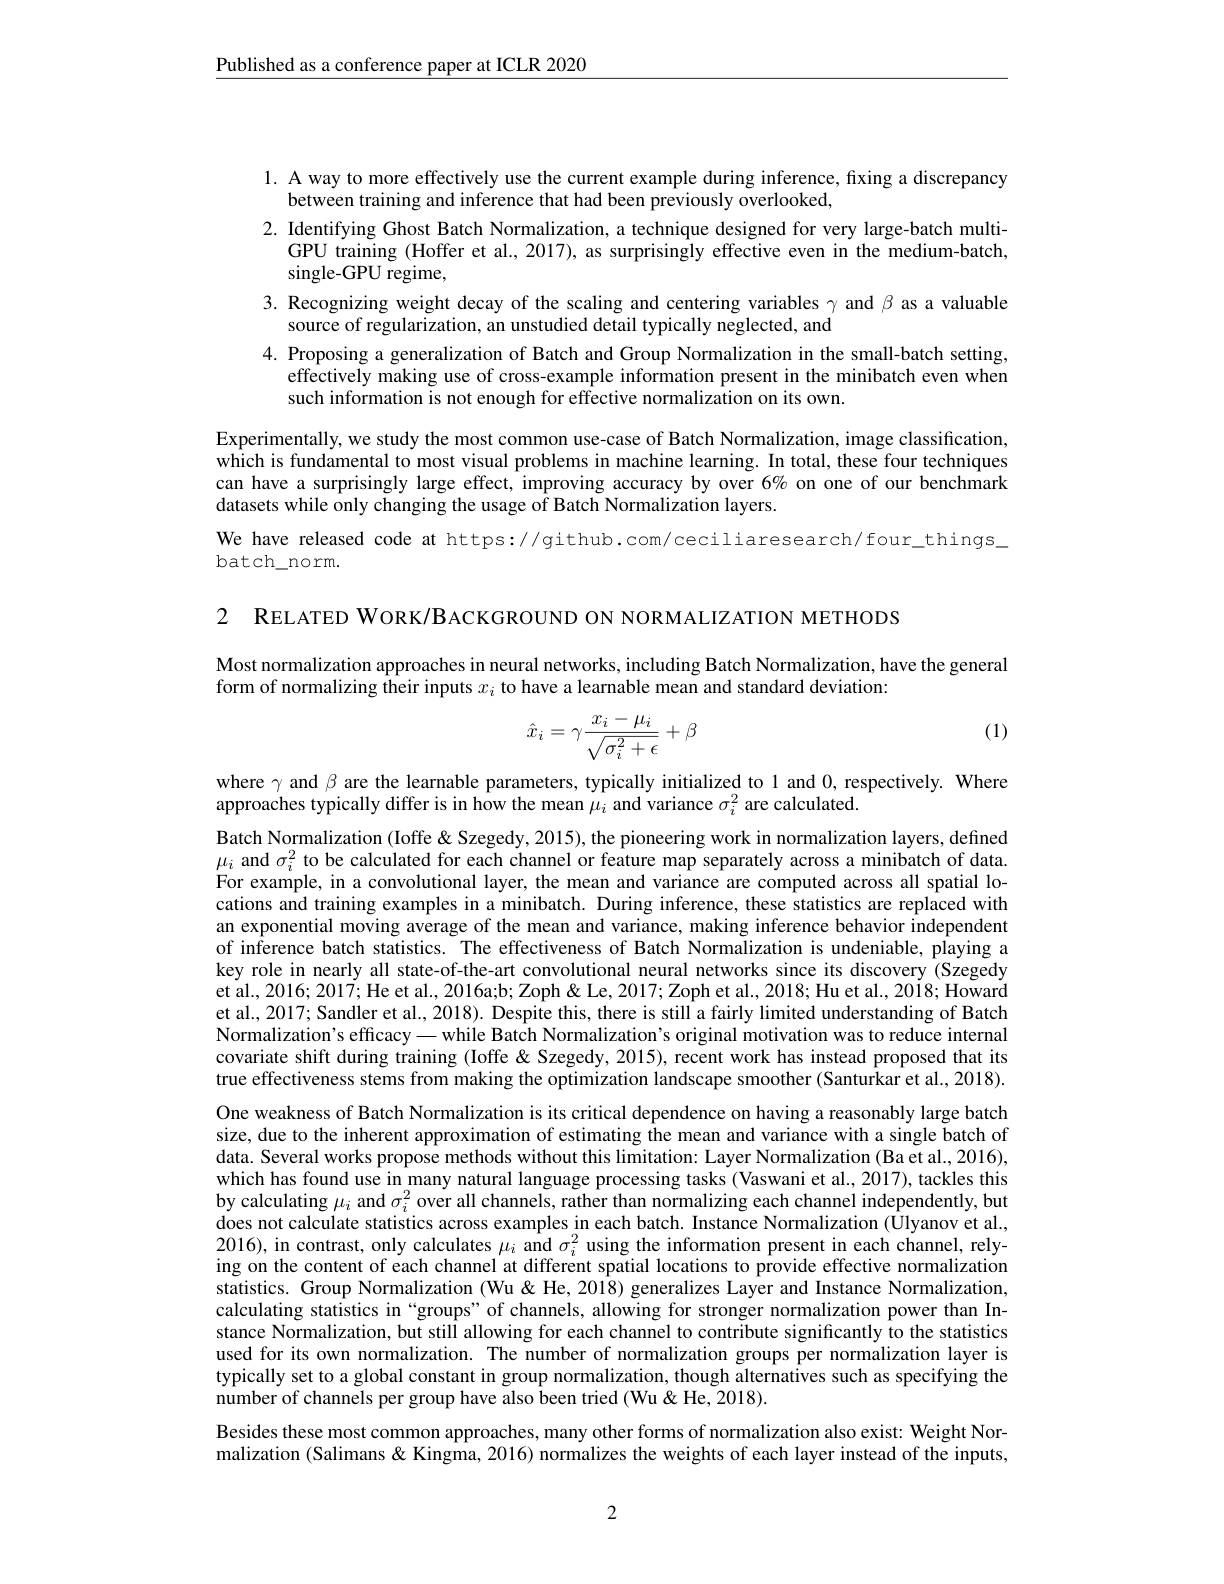
$\underline{\text{Published as a conference paper at ICLR 2020}}$

l. A way to more effectively use the current example during inference, fixing a discrepancy
between training and inference that had been previously overlooked,
2. Identifying Ghost Batch Normalization, a technique designed for very large-batch multi-
GPU training (Hoffer et al., 2017), as surprisingly effective even in the medium-batch,
single-GPU regime,
3. Recognizing weight decay of the scaling and centering variables $\gamma$ and $\beta$ as a valuable
source of regularization, an unstudied detail typically neglected, and
4. Proposing a generalization of Batch and Group Normalization in the small-batch setting,
effectively making use of cross-example information present in the minibatch even when
such information is not enough for effective normalization on its own.
Experimentally, we study the most common use-case of Batch Normalization, image classification, which is fundamental to most visual problems in machine learning. In total, these four techniques can have a surprisingly large effect, improving accuracy by over 6% on one of our benchmark datasets while only changing the usage of Batch Normalization layers.
We have released code at https://github.com/ceciliaresearch/four\_things\_
batch\_norm.

2 RELATED WORK/BACKGROUND ON NORMALIZATION METHODS

Most normalization approaches in neural networks, including Batch Normalization, have the general
form of normalizing their inputs $x_i$ to have a learnable mean and standard deviation:

(1)
$$\hat{x}_i=\gamma\frac{x_i-\mu_i}{\sqrt{\sigma_i^2+\epsilon}}+\beta $$
where $\gamma$ and $\beta$ are the learnable parameters, typically initialized to 1 and 0, respectively. Where
approaches typically differ is in how the mean $\mu_i$ and variance $\sigma_i^2$ are calculated.

Batch Normalization (Ioffe &Szegedy, 2015), the pioneering work in normalization layers, defined $\mu_i$ and $\sigma_i^2$ to be calculated for each channel or feature map separately across a minibatch of data. For example, in a convolutional layer, the mean and variance are computed across all spatial locations and training examples in a minibatch. During inference, these statistics are replaced with an exponential moving average of the mean and variance, making inference behavior independent of inference batch statistics. The effectiveness of Batch Normalization is undeniable, playing a key role in nearly all state-of-the-art convolutional neural networks since its discovery (Szegedy et al., 2016; 2017; He et al., 2016a;b; Zoph & Le, 2017; Zoph et al., 2018; Hu et al., 2018; Howard et al., 2017; Sandler et al., 2018). Despite this, there is still a fairly limited understanding of Batch Normalization's efficacy - while Batch Normalization's original motivation was to reduce internal covariate shift during training (Ioffe &Szegedy, 2015), recent work has instead proposed that its true effectiveness stems from making the optimization landscape smoother (Santurkar et al., 2018). One weakness of Batch Normalization is its critical dependence on having a reasonably large batch size, due to the inherent approximation of estimating the mean and variance with a single batch of data. Several works propose methods without this limitation: Layer Normalization (Ba et al., 2016), which has found use in many natural language processing tasks (Vaswani et al., 2017), tackles this by calculating $\mu_i$ and $\sigma_i^2$ over all channels, rather than normalizing each channel independently, but does not calculate statistics across examples in each batch. Instance Normalization (Ulyanov et al., 2016), in contrast, only calculates $\mu_i$ and $\sigma_i^2$ using the information present in each channel, relying on the content of each channel at different spatial locations to provide effective normalization statistics. Group Normalization (Wu&He, 2018) generalizes Layer and Instance Normalization, calculating statistics in “groups”of channels, allowing for stronger normalization power than Instance Normalization, but still allowing for each channel to contribute significantly to the statistics used for its own normalization. The number of normalization groups per normalization layer is typically set to a global constant in group normalization, though alternatives such as specifying the number of channels per group have also been tried (Wu &He, 2018).
Besides these most common approaches, many other forms of normalization also exist: Weight Nor-

malization (Salimans& Kingma, 2016) normalizes the weights of each layer instead of the inputs,

2